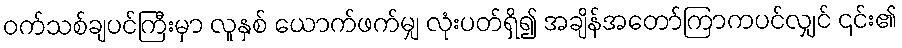
ဝက်သစ်ချပင်ကြီးမှာ လူနှစ် ယောက်ဖက်မျှ လုံးပတ်ရှိ၍ အချိန်အတော်ကြာကပင်လျှင် ၎င်း၏